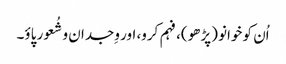
اُن کو خوانو (پڑھو)، فہم کرو، اور وِجدان و شُعور پاؤ۔